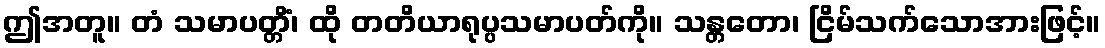
ဤအတူ။ တံ သမာပတ္တိံ၊ ထို တတိယာရုပ္ပသမာပတ်ကို။ သန္တတော၊ ငြိမ်သက်သောအားဖြင့်။